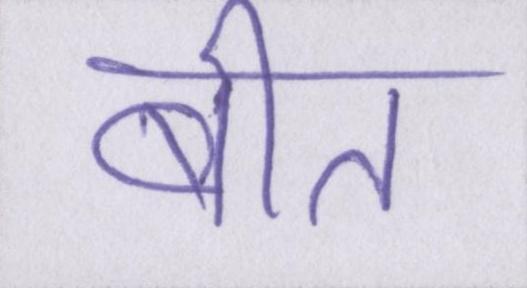
बीत